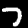
Label: 7